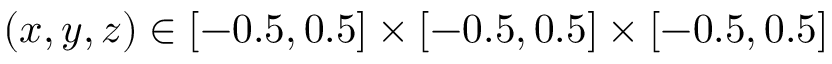
( x , y , z ) \in [ - 0 . 5 , 0 . 5 ] \times [ - 0 . 5 , 0 . 5 ] \times [ - 0 . 5 , 0 . 5 ]